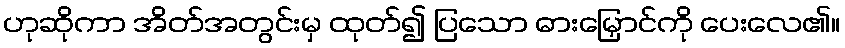
ဟုဆိုကာ အိတ်အတွင်းမှ ထုတ်၍ ပြသော ဓားမြှောင်ကို ပေးလေ၏။